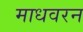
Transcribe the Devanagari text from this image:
माधवरन